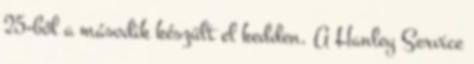
25-ből a második készült el kedden. A Hanley Service